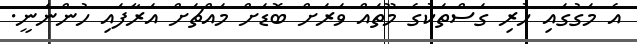
އެ މަގުގައި ހުރި ގަސްތަކުގެ މޫތައް ވަރަށް ބޮޑަށް މައްޗަށް އަރާފައި ހުންނަނީ.